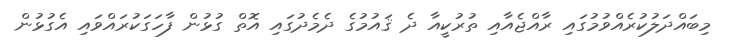
މިބައްދަލުކުރެއްވުމުގައި ރާއްޖެއާއި ތުރުކީއާ ދެ ޤައުމުގެ ދެމެދުގައި އޮތް ގުޅުން ފާހަގަކުރައްވައި އެގުޅުން